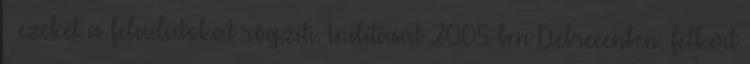
– ezeket a feladatokat rögzíti. Indítását 2005-ben Debrecenben, felkért